Bréfritari: Sigríður Pálsdóttir
Viðtakandi: Páll Pálsson
Dagsetning: A-1869-12-05
Skrifað á: Breiðabólsstað  Rang.
Páll var bróðir Sigríðar

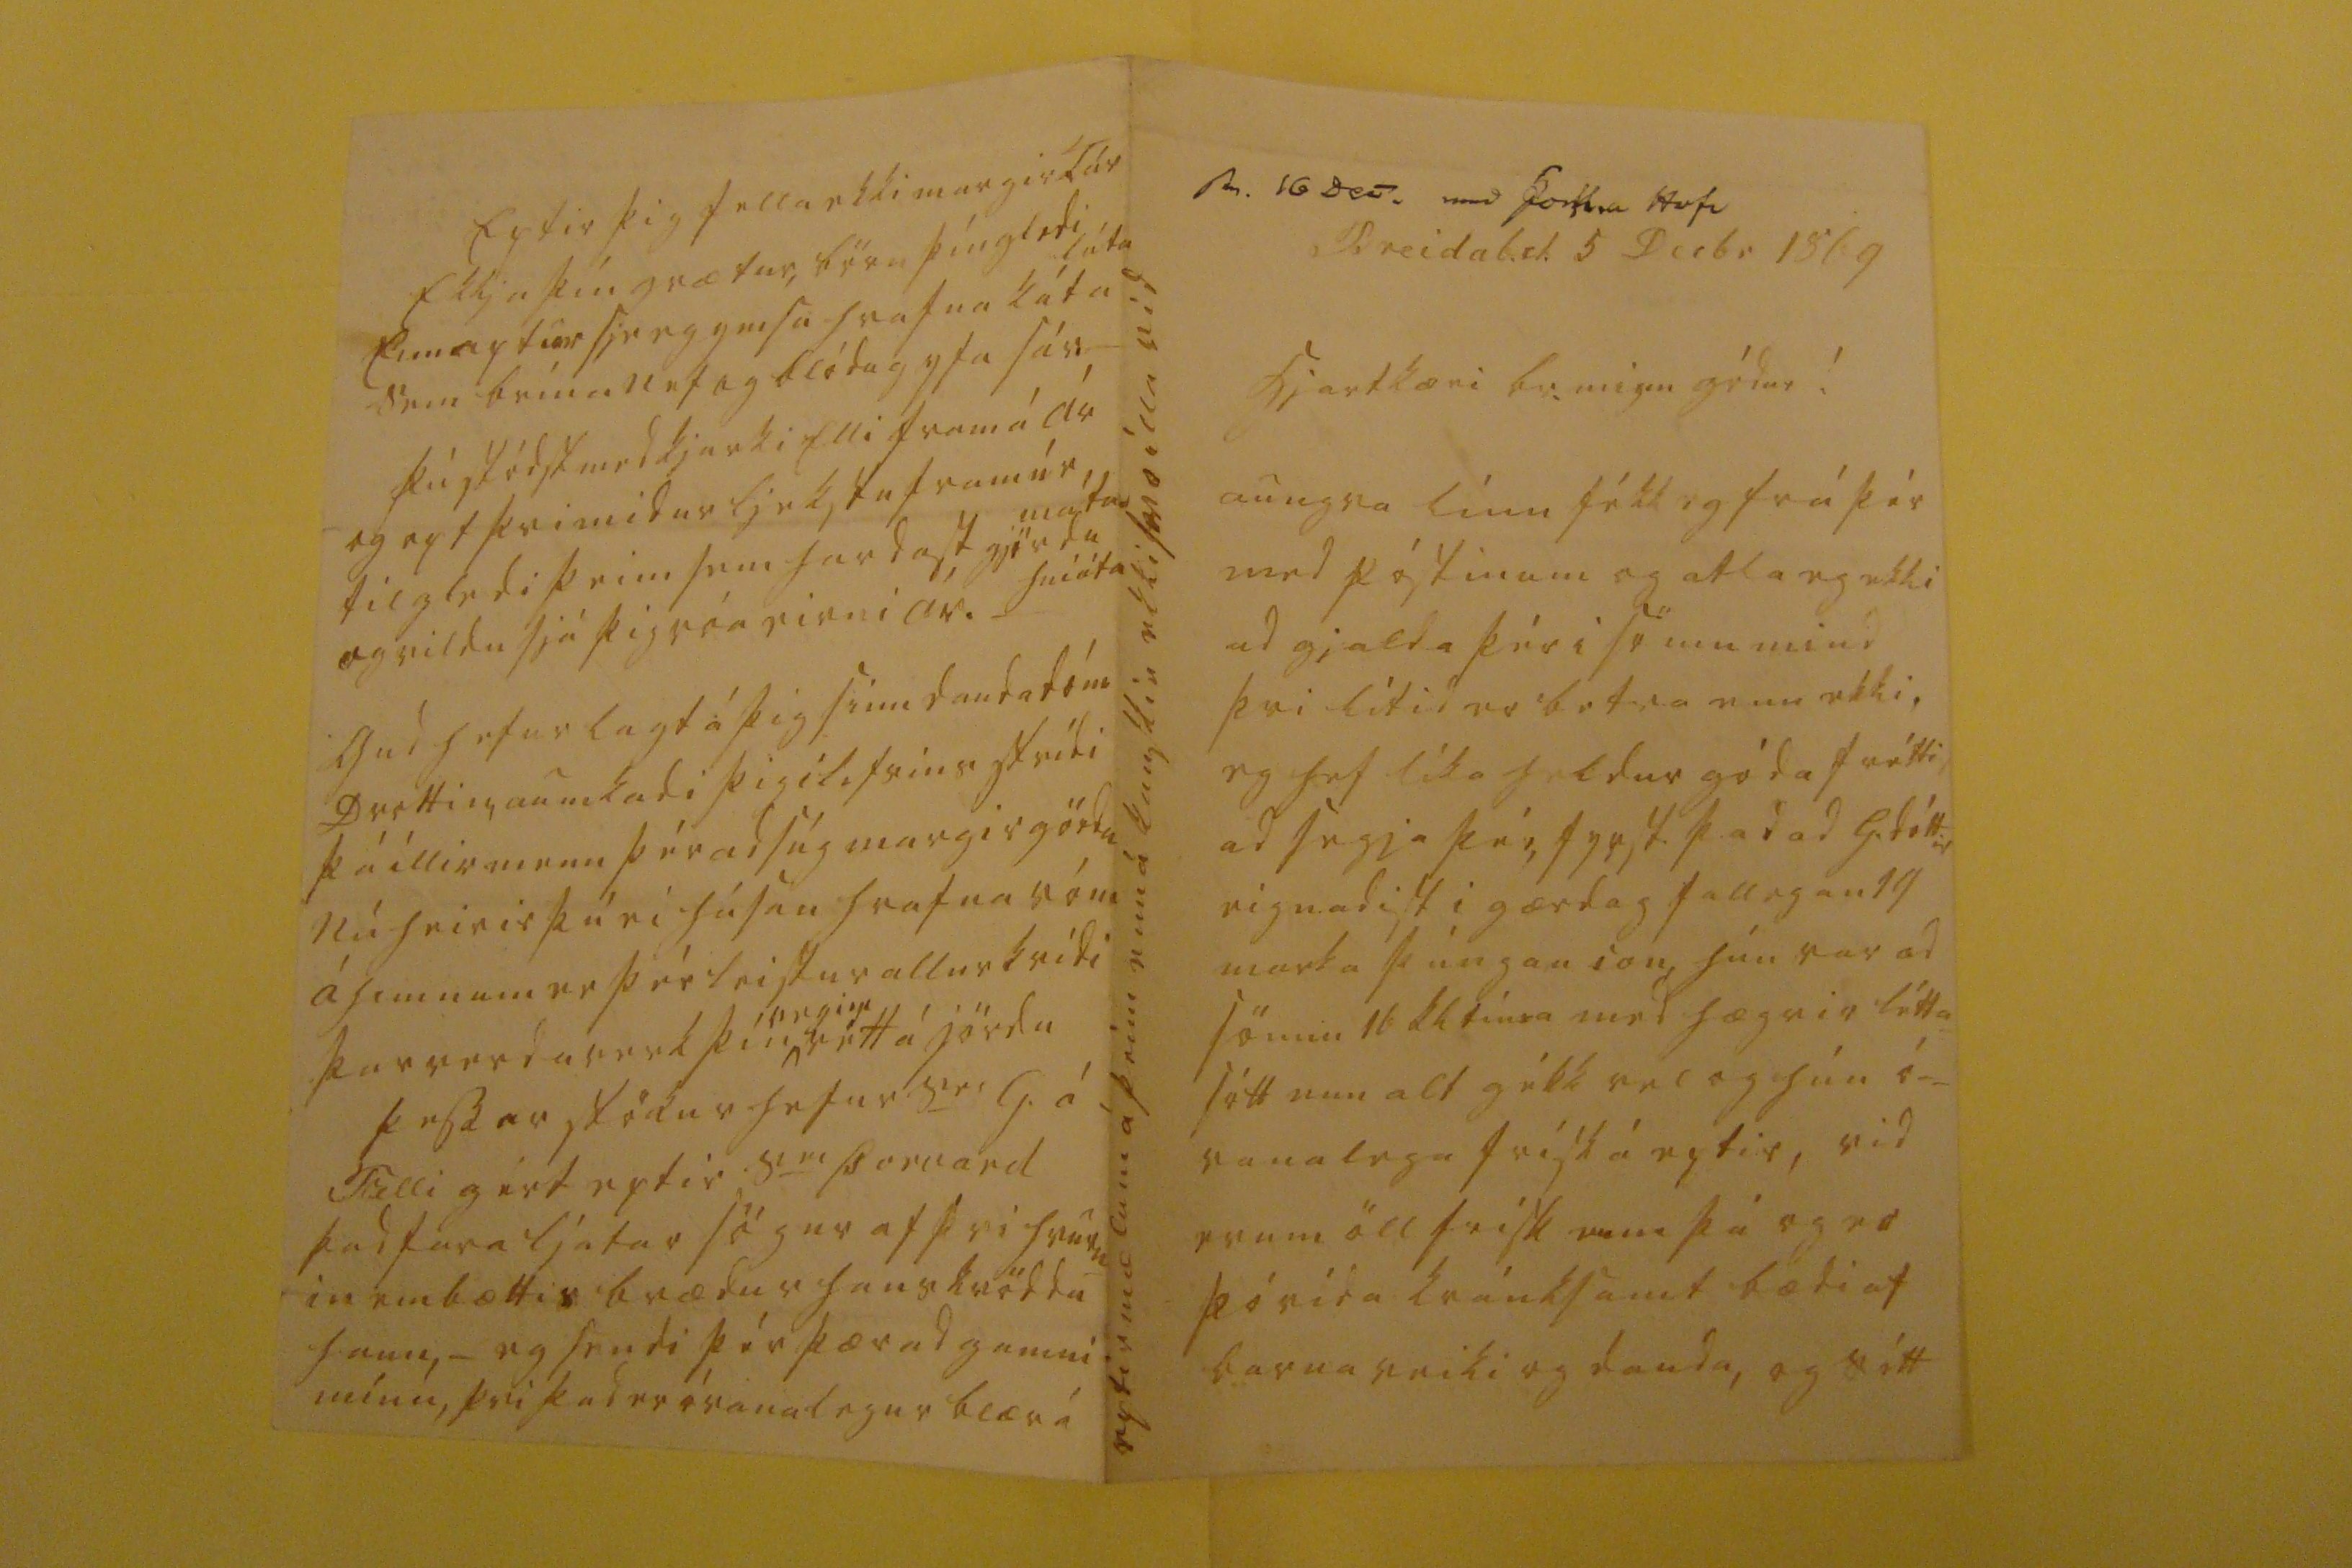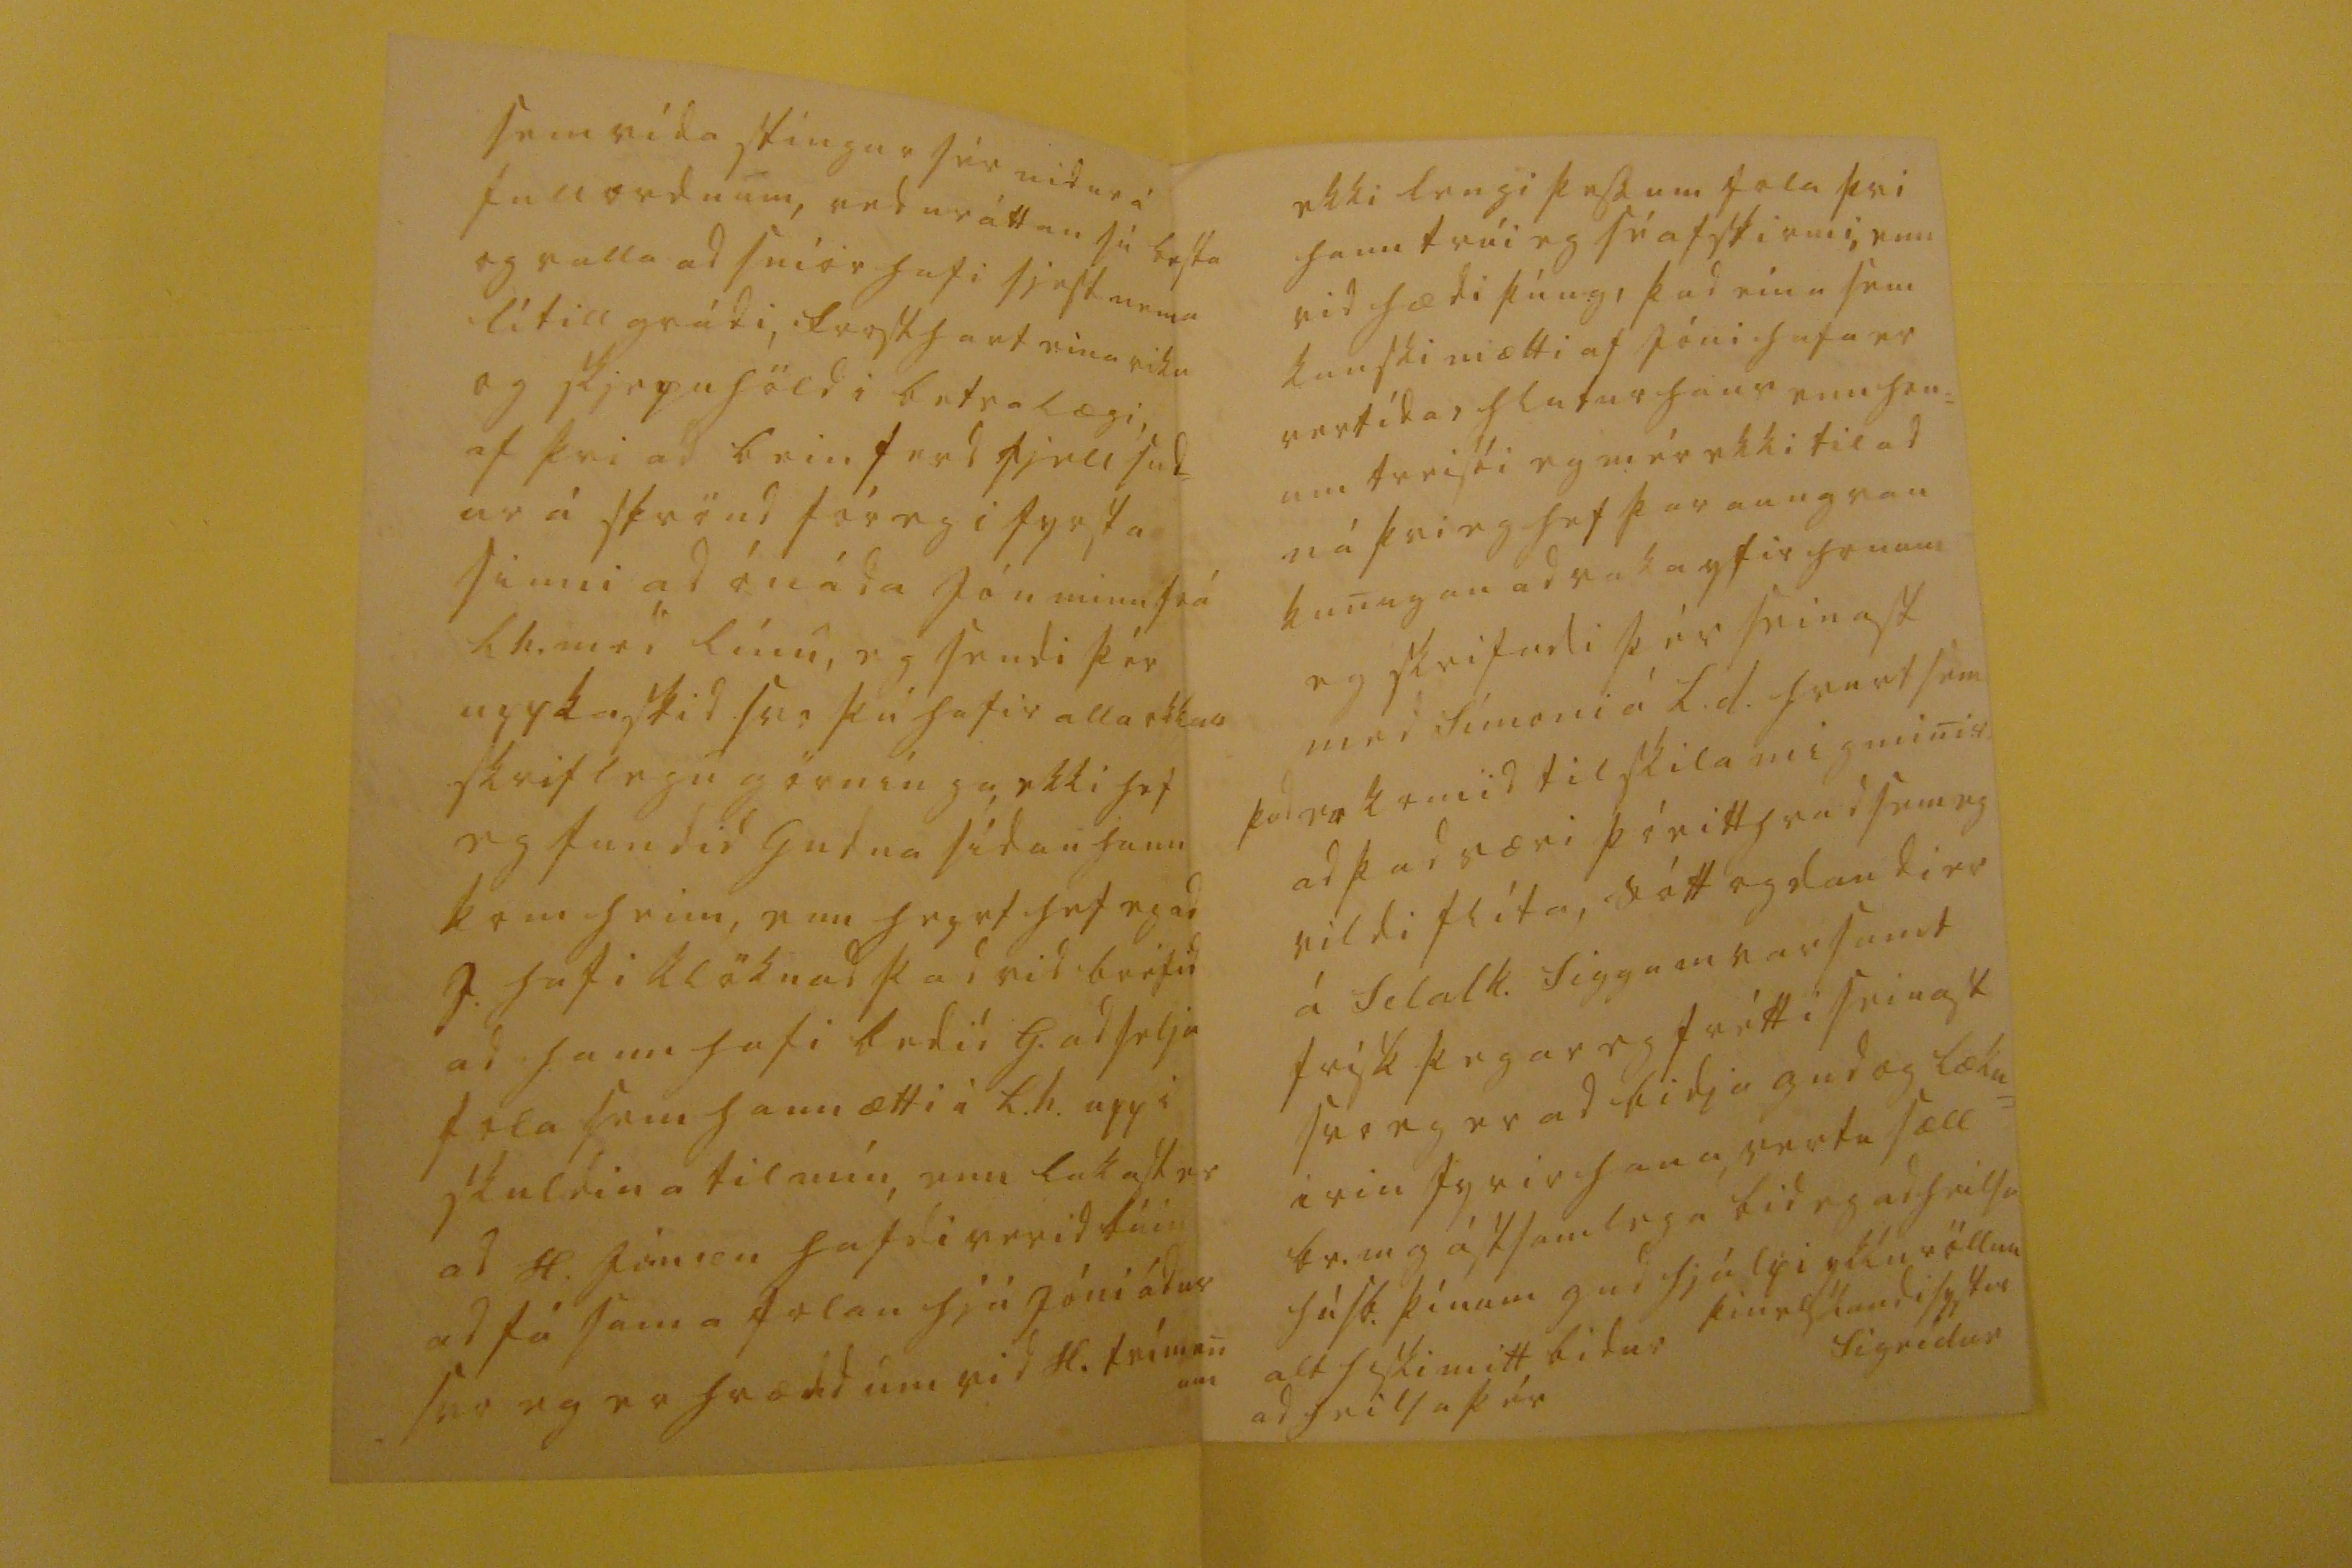

sv. 16 Dec. med Þorstm Hofi
Breidab.st. 5 Decbr 1869
hjartkæri br. minn gódur!
aungva línu fékk eg frá þér med póstinum og atla eg ekki ad gjalda þér i sömu mind þvi lítid er betra enn ekki, eg hef líka heldur góda fréttir ad segja þér, fyrst þad ad G. dóttir eignadist i gærdag fallegan 19 marka þúngan son, hún var ad sönnu 16 kl tíma med hægris létt= sótt enn alt gékk vel og hún ó= vanalega frísk á eptir, vid erum öll frísk enn þú og er þó vída kránksamt bædi af barnaveiki og dauda, og sótt
sem vída stíngur sér nidur á fullordnum, veduráttan sú besta og valla ad sníor hafi sjest nema lítill grádi, frosthart eina viku og skjepnhöld i betra lægi, af þvi ad beinferd fjell sud= ur á strönd fór eg i fyrsta sinni ad ónáda Jón minn frá Lh. med línu, eg sendi þér uppkastid svo þú hafir alla okkar skrilegu görnínga, ekki hef eg fundid Gudna sídan hann kom heim, enn heyrt hef eg ad J. hafi klöknad þad vid bréfid ad hann hafi bedid G. ad selja fola sem hann ætti i L.h. upp i skuldina til mín, enn lakast er ad H. Jónson hafdi verid búin ad fá sama folan hjá Jóni ádur svo eg er hrædd um vid H. frímenum
ekki lengi þessum fola þvi hann trúi eg sé afskirmi, enn vid hædi þúng, þad eina sem kanski mætti af Jóni hafa er vertídarhlutur hans enn hon= um treisti eg mér ekki til ad ná þvi eg hef þar aungvan kunugan ad vaka yfir honum eg skrifadi þér seinast med Símoni á L.d. hvurt sem þad er komid til skila mig minir ad þad væri þó eitthvad sem eg vildi flíta, sótt og daudi er á Selalk. Sigga m var samt frísk þegar eg frétti seinast svo eg er ad bidja gud og lækn= irin fyrir hana vertu sæll br.m g ástsamlega bid eg ad heilsa húsb. þínum gud hjálpi ykkur öllum alt hiski mitt bidur ad heilsa þér
þin elskandi systir
Sigrídur
Eptir þig fella ekki margir Tár Ekkja þín grætur, börn þín gledi láta Enn aptur sje eg ymsa hrafna káta sem brína nef og blódug yfa sár þú stódst med kjarki elli fram á ár og opt þvi midur ljekstu fram úr máta til gledi þeim sem hardast gjördu hníóta og vildu sjá þig róa eirn i ár._ gud hefur lagt á þig sínn daudadóm Drottin, aumkadi þig i lifsins strídi þá illir menn þér ad súg margir gördu Nú heirir þú ei húsan hrafna róm á himnum er þér leistur allur kvídi þar verda verk þín
vegin
rétt á jördu þessar stökur hefur S
er
G. á Fialli gért eptir S
er
Þorvard þad fara ljotar sögur af þvi hvurn= in embættis brædur hans kvöddu hann, _ eg sendi þér þær ad gamni mínu, því þad er óvanalegur blær á
eptir mælum á þeim enn á kanskie ekki svo illa vid